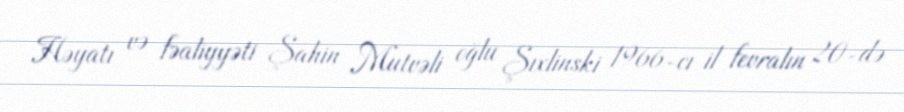
Həyatı və fəaliyyəti Şahin Mutvəli oğlu Şıxlinski 1966-cı il fevralın 20-də